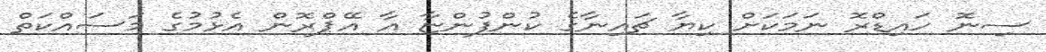
ސިނޮ ހައިޑްރޮ ނަމަކަށް ކިޔާ ޗައިނާގެ ކުންފުންޏާ އާ އޭޕްރޮން އެޅުމުގެ މަސައްކަތް